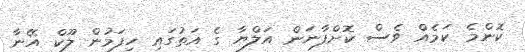
ކޮންމެ ކަމެއް ވެސް ކޮށްފާނަން އަލްޔާ ގެ އަތުގައި ހިފަމުން ލޫކް އޭނާ